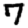
Digit: 7